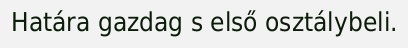
Határa gazdag s első osztálybeli.